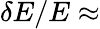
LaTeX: \delta E/E\approx